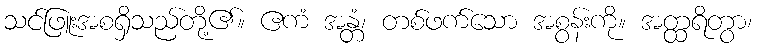
သင်ဖြူးအစရှိသည်တို့၏။ ဧကံ အန္တံ၊ တစ်ဖက်သော အစွန်းကို။ အတ္ထရိတွာ၊